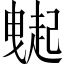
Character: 𧽇